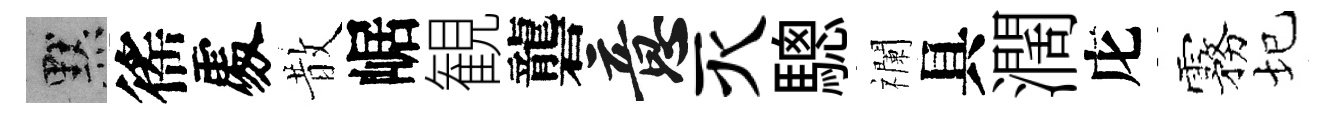
默徭𠁅散崌観礱意灭驄襴具濶庀霧圮